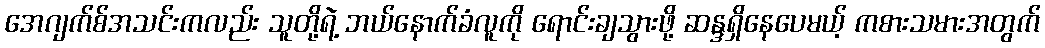
အေဂျက်စ်အသင်းကလည်း သူတို့ရဲ့ ဘယ်နောက်ခံလူကို ရောင်းချသွားဖို့ ဆန္ဒရှိနေပေမယ့် ကစားသမားအတွက်